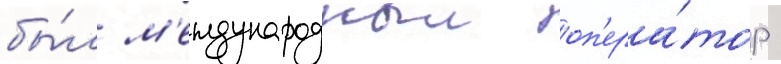
бы́л м'еждународныи оп'ера́тор